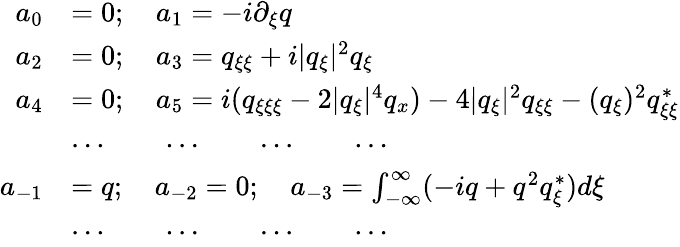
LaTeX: \begin{array}{rl}{a_{0}}&{=0;\quad a_{1}=-i\partial_{\xi}q}\\ {a_{2}}&{=0;\quad a_{3}=q_{\xi\xi}+i|q_{\xi}|^{2}q_{\xi}}\\ {a_{4}}&{=0;\quad a_{5}=i(q_{\xi\xi\xi}-2|q_{\xi}|^{4}q_{x})-4|q_{\xi}|^{2}q_{\xi\xi}-(q_{\xi})^{2}q_{\xi\xi}^{*}}\\ &{\cdots\qquad\cdots\qquad\cdots\qquad\cdots}\\ {a_{-1}}&{=q;\quad a_{-2}=0;\quad a_{-3}=\int_{-\infty}^{\infty}(-iq+q^{2}q_{\xi}^{*})d\xi}\\ &{\cdots\qquad\cdots\qquad\cdots\qquad\cdots}\end{array}